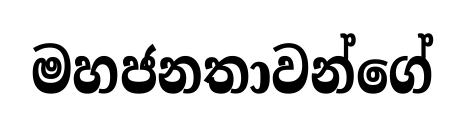
මහජනතාවන්ගේ